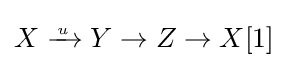
X\xrightarrow {{} \atop u} Y\to Z\to X[1]